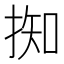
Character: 𢯙